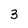
Character: 3